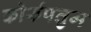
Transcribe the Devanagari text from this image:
कोर्रुपतुम